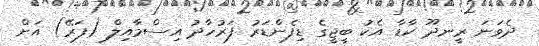
ދެވަނަ ރީނދޫ ކާޑާ އެކު ބީޖީގެ ޑިފެންޑަރު ފަރުހާދު އިސްމާއިލް (ފަރޭ) އަށް